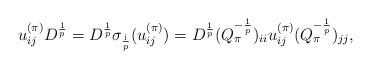
LaTeX: \begin{align*}u_{ij}^{(\pi)}D^{\frac{1}{p}}=D^{\frac{1}{p}}\sigma_{\frac{\mathrm{i}}{p}}(u_{ij}^{(\pi)})=D^{\frac{1}{p}}(Q_\pi^{-\frac{1}{p}})_{ii}u_{ij}^{(\pi)}(Q_\pi^{-\frac{1}{p}})_{jj},\end{align*}